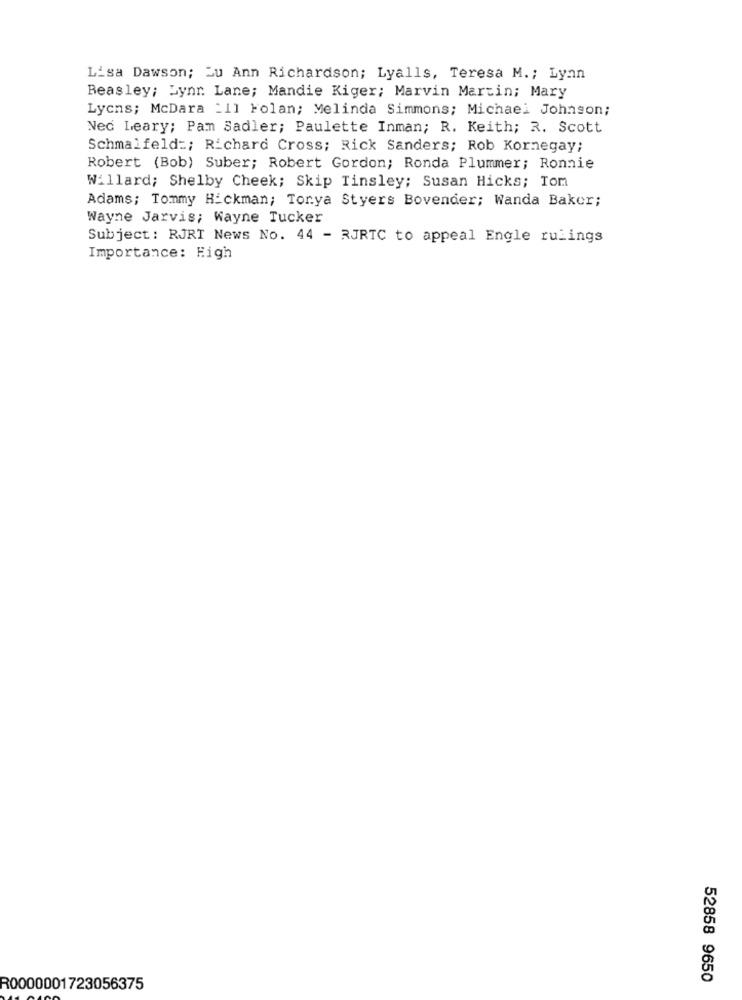
Lisa Dawson; Ju Ann Richardson; Lyalls, Teresa M .; Lyan
Beasley; Lynr. Lane; Mandie Kiger; Marvin Martin; Mary
Lycns; McDara _11 Folan; Melinda Simmons; Michael Johnson;
Ned Leary; Pam Sadler; Paulette Inman; R. Keith; R. Scott
Schmalfeld :; Richard Cross; Rick Sanders; Rob Kornegay;
Robert (Bob) Suber; Robert Gordon; Ronda Plummer; Ronnie
Willard; Shelby Cheek; Skip Tinsley; Susan Hicks; Tom
Adams; Tommy Hickman; Torya Styers Bovender; Wanda Baker;
Wayne Jarvis; Wayne Tucker
Subject: RJRT News No. 44 - RJRTC to appeal Engle rulings
Importance: Figh
52858 9650
R0000001723056375